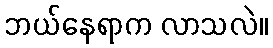
ဘယ်နေရာက လာသလဲ။